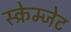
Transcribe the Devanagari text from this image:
स्क्रेम्जेट